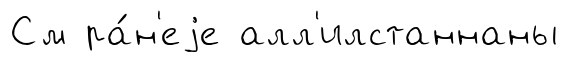
См ра́н'еjе алл'илстаннаны